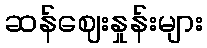
ဆန်ဈေးနှုန်းများ